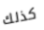
كذلك